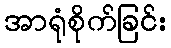
အာရုံစိုက်ခြင်း